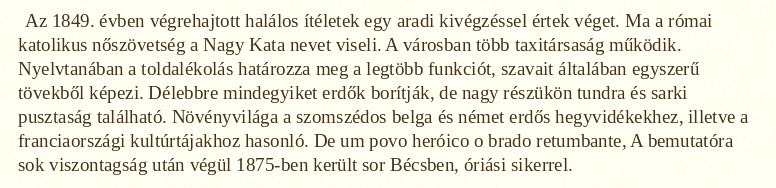
Az 1849. évben végrehajtott halálos ítéletek egy aradi kivégzéssel értek véget. Ma a római katolikus nőszövetség a Nagy Kata nevet viseli. A városban több taxitársaság működik. Nyelvtanában a toldalékolás határozza meg a legtöbb funkciót, szavait általában egyszerű tövekből képezi. Délebbre mindegyiket erdők borítják, de nagy részükön tundra és sarki pusztaság található. Növényvilága a szomszédos belga és német erdős hegyvidékekhez, illetve a franciaországi kultúrtájakhoz hasonló. De um povo heróico o brado retumbante, A bemutatóra sok viszontagság után végül 1875-ben került sor Bécsben, óriási sikerrel.